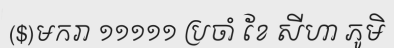
($)មករា ១១១១១ ប្រចាំ ខែ សីហា ភូមិ